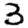
Digit: 3